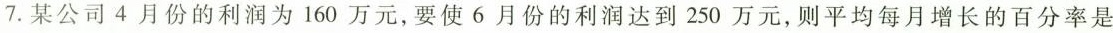
7.某公司4月份的利润为160万元，要使6月份的利润达到250万元，则平均每月增长的百分率是